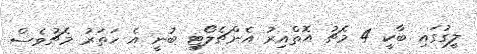
ލީގުގައި ބާކީ 4 މެޗު އޮތްއިރު އެންޗެލޯޓީ ބުނީ އެ ހަތަރު މެޗުވެސް